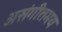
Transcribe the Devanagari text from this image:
असंगीतमय